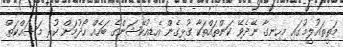
މަތީތައުލީމުގައި މިހިނގާ ނޭދެވޭ ކަންތައްތަކާ ގުޅިގެން އެޑިއުކޭޝަންގެ ބަހެއް ހޯދުމަށް ކުރި މަސައްކަތް